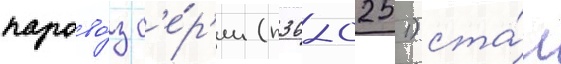
парово́з с'е́р'ии (п36-0251) ста́л